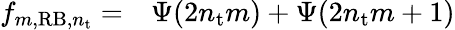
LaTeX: \begin{array}{rl}{f_{m,\mathrm{RB},n_{\mathrm{t}}}=}&{{}\Psi(2n_{\mathrm{t}}m)+\Psi(2n_{\mathrm{t}}m+1)}\end{array}